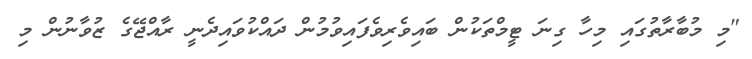
"މި މުބާރާތުގައި މިހާ ގިނަ ޓީމްތަކުން ބައިވެރިވެފައިވުމުން ދައްކުވައިދެނީ ރާއްޖޭގެ ޒުވާނުން މި